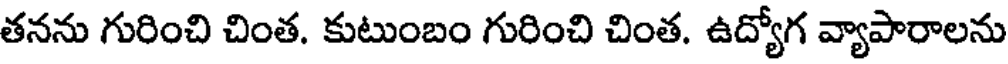
తనను గురించి చింత. కుటుంబం గురించి చింత. ఉద్యోగ వ్యాపారాలను